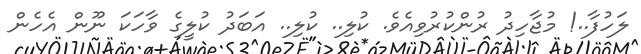
ލަހުފާ..! މުޖާހިދު ރުންކުރުވިއެވެ. ކުލި.. ކުލި.. އަބަދު ކުލީގެ ވާހަކަ ނޫން އެހެން